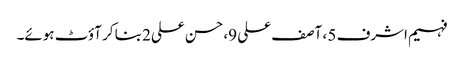
فہیم اشرف 5 ، آصف علی 9، حسن علی2 بنا کر آؤٹ ہوئے۔